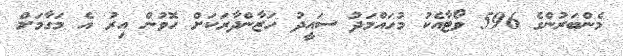
މެންބަރުންގެ 596 ވޯޓާއެކު މުހައްމަދު ސައީދު ހަޒާންދާރަކަށް ހޮވުން އިރު އެ މަގާމަށް